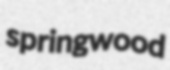
springwood